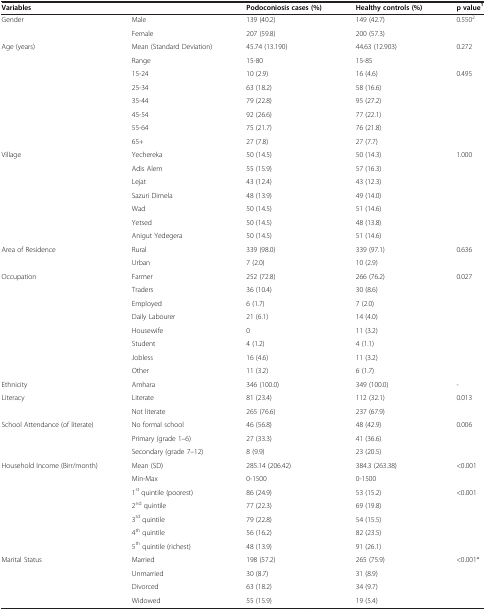
<table><thead><tr><td colspan="2"><b>Variables</b></td><td><b>Podoconiosis cases (%)</b></td><td><b>Healthy controls (%)</b></td><td><b>p value<sup>1</sup></b></td></tr></thead><tbody><tr><td rowspan="2">Gender</td><td>Male</td><td>139 (40.2)</td><td>149 (42.7)</td><td rowspan="2">0.550<sup>2</sup></td></tr><tr><td>Female</td><td>207 (59.8)</td><td>200 (57.3)</td></tr><tr><td rowspan="8">Age (years)</td><td>Mean (Standard Deviation)</td><td>45.74 (13.190)</td><td>44.63 (12.903)</td><td rowspan="2">0.272</td></tr><tr><td>Range</td><td>15-80</td><td>15-85</td></tr><tr><td>15-24</td><td>10 (2.9)</td><td>16 (4.6)</td><td rowspan="6">0.495</td></tr><tr><td>25-34</td><td>63 (18.2)</td><td>58 (16.6)</td></tr><tr><td>35-44</td><td>79 (22.8)</td><td>95 (27.2)</td></tr><tr><td>45-54</td><td>92 (26.6)</td><td>77 (22.1)</td></tr><tr><td>55-64</td><td>75 (21.7)</td><td>76 (21.8)</td></tr><tr><td>65+</td><td>27 (7.8)</td><td>27 (7.7)</td></tr><tr><td rowspan="7">Village</td><td>Yechereka</td><td>50 (14.5)</td><td>50 (14.3)</td><td rowspan="7">1.000</td></tr><tr><td>Adis Alem</td><td>55 (15.9)</td><td>57 (16.3)</td></tr><tr><td>Lejat</td><td>43 (12.4)</td><td>43 (12.3)</td></tr><tr><td>Sazuri Dimela</td><td>48 (13.9)</td><td>49 (14.0)</td></tr><tr><td>Wad</td><td>50 (14.5)</td><td>51 (14.6)</td></tr><tr><td>Yetsed</td><td>50 (14.5)</td><td>48 (13.8)</td></tr><tr><td>Anigut Yedegera</td><td>50 (14.5)</td><td>51 (14.6)</td></tr><tr><td rowspan="2">Area of Residence</td><td>Rural</td><td>339 (98.0)</td><td>339 (97.1)</td><td rowspan="2">0.636</td></tr><tr><td>Urban</td><td>7 (2.0)</td><td>10 (2.9)</td></tr><tr><td rowspan="8">Occupation</td><td>Farmer</td><td>252 (72.8)</td><td>266 (76.2)</td><td rowspan="8">0.027</td></tr><tr><td>Traders</td><td>36 (10.4)</td><td>30 (8.6)</td></tr><tr><td>Employed</td><td>6 (1.7)</td><td>7 (2.0)</td></tr><tr><td>Daily Labourer</td><td>21 (6.1)</td><td>14 (4.0)</td></tr><tr><td>Housewife</td><td>0</td><td>11 (3.2)</td></tr><tr><td>Student</td><td>4 (1.2)</td><td>4 (1.1)</td></tr><tr><td>Jobless</td><td>16 (4.6)</td><td>11 (3.2)</td></tr><tr><td>Other</td><td>11 (3.2)</td><td>6 (1.7)</td></tr><tr><td>Ethnicity</td><td>Amhara</td><td>346 (100.0)</td><td>349 (100.0)</td><td>-</td></tr><tr><td rowspan="2">Literacy</td><td>Literate</td><td>81 (23.4)</td><td>112 (32.1)</td><td rowspan="2">0.013</td></tr><tr><td>Not literate</td><td>265 (76.6)</td><td>237 (67.9)</td></tr><tr><td rowspan="3">School Attendance (of literate)</td><td>No formal school</td><td>46 (56.8)</td><td>48 (42.9)</td><td rowspan="3">0.006</td></tr><tr><td>Primary (grade 1–6)</td><td>27 (33.3)</td><td>41 (36.6)</td></tr><tr><td>Secondary (grade 7–12)</td><td>8 (9.9)</td><td>23 (20.5)</td></tr><tr><td rowspan="7">Household Income (Birr/month)</td><td>Mean (SD)</td><td>285.14 (206.42)</td><td>384.3 (263.38)</td><td rowspan="2">&lt;0.001</td></tr><tr><td>Min-Max</td><td>0-1500</td><td>0-1500</td></tr><tr><td>1<sup>st</sup> quintile (poorest)</td><td>86 (24.9)</td><td>53 (15.2)</td><td>&lt;0.001</td></tr><tr><td>2<sup>nd</sup> quintile</td><td>77 (22.3)</td><td>69 (19.8)</td><td> </td></tr><tr><td>3<sup>rd</sup> quintile</td><td>79 (22.8)</td><td>54 (15.5)</td><td> </td></tr><tr><td>4<sup>th</sup> quintile</td><td>56 (16.2)</td><td>82 (23.5)</td><td> </td></tr><tr><td>5<sup>th</sup> quintile (richest)</td><td>48 (13.9)</td><td>91 (26.1)</td><td> </td></tr><tr><td rowspan="3">Marital Status</td><td>Married</td><td>198 (57.2)</td><td>265 (75.9)</td><td rowspan="3">&lt;0.001*</td></tr><tr><td>Unmarried</td><td>30 (8.7)</td><td>31 (8.9)</td></tr><tr><td>Divorced</td><td>63 (18.2)</td><td>34 (9.7)</td></tr><tr><td> </td><td>Widowed</td><td>55 (15.9)</td><td>19 (5.4)</td><td> </td></tr></tbody></table>